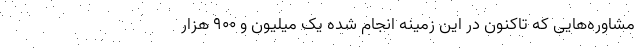
مشاوره‌هایی که تاکنون در این زمینه انجام شده یک میلیون و ۹۰۰ هزار